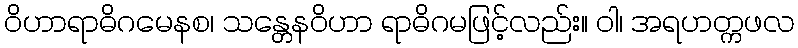
ဝိဟာရာဓိဂမေနစ၊ သန္တေနဝိဟာ ရာဓိဂမဖြင့်လည်း။ ဝါ၊ အရဟတ္ကဖလ